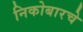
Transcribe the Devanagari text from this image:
निकोबारचे